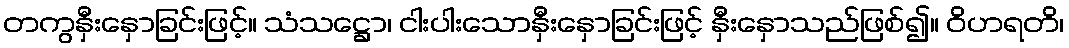
တကွနှီးနှောခြင်းဖြင့်။ သံသဋ္ဌော၊ ငါးပါးသောနှီးနှောခြင်းဖြင့် နှီးနှောသည်ဖြစ်၍။ ဝိဟရတိ၊